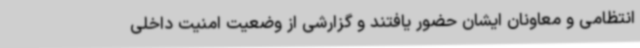
انتظامی و معاونان ایشان حضور یافتند و گزارشی از وضعیت امنیت داخلی